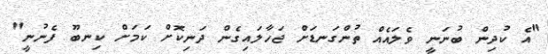
"އެ ކުދިން ބުނަނީ ވެލައެއް ތުންގަނޑަށް ޖަހާލައިގެން ދަނިކޮށް ކަމަށް ކިނބޫ ފެނުނީ"